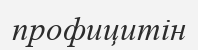
профицитін